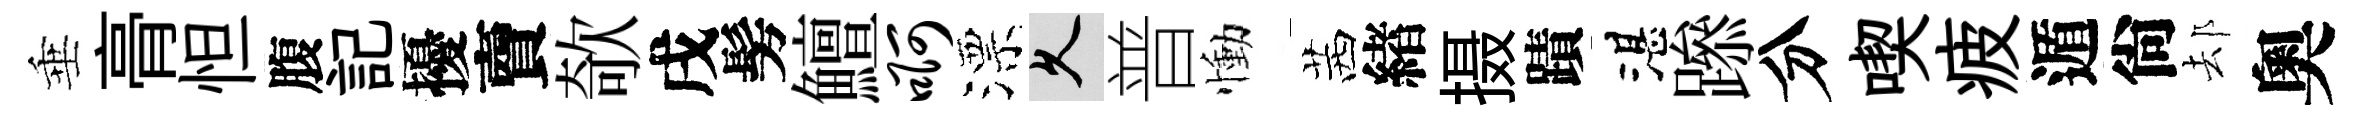
垂𮌔怛腹記擾𧶠欹戌髣鱣啊漂久普慟茜緖摄蹟湛𨅶分喫疲遁尙𨚫奧